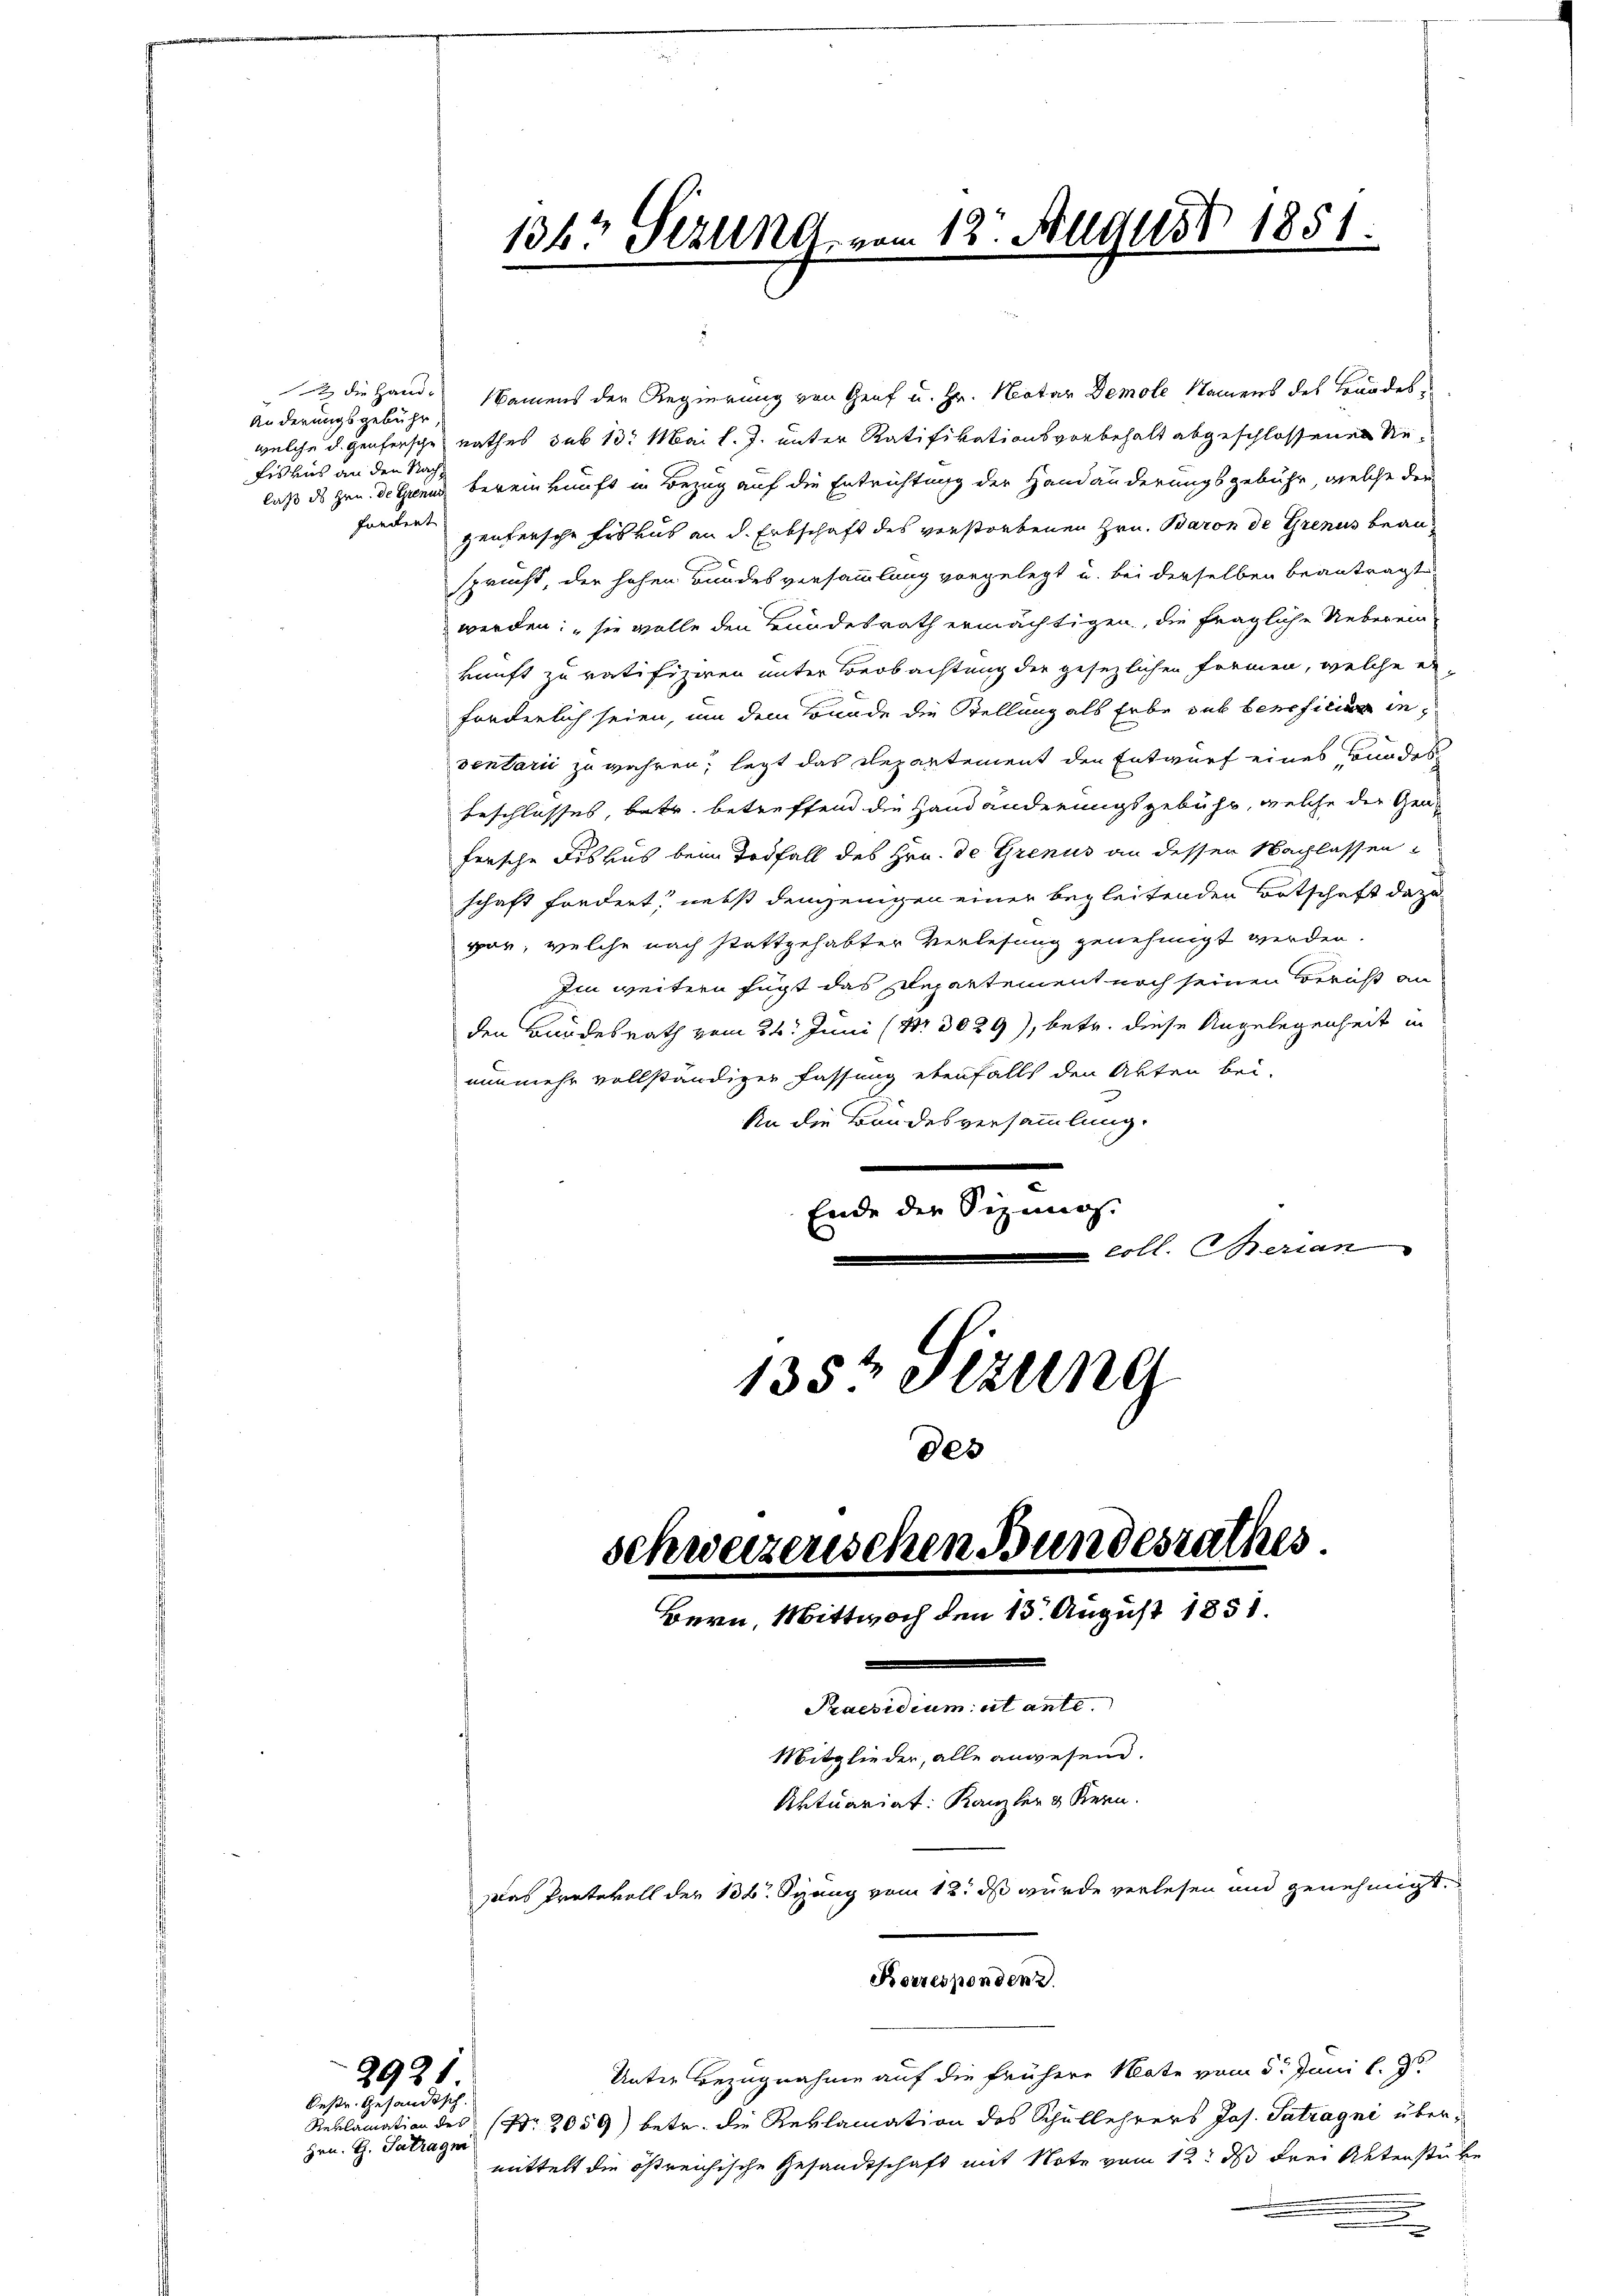
Änderungsgebühr
welche d. Genfersche
Fiskus an den Nach
laß des Hrn. de Grena
fordent

Oestr. Gesandtsch.
Hrn. G. Satrage

2921

1363 Sezung vom 12. August 1851.

2 die Hand- Namens der Regierung von Graf u. Hr. Notar Demole Namens des Bundes-
rathes sub 13. Mai l. J. unter Ratifikationsvorbehalt abgeschlossenen Niebereinkunft in Bezug auf die Entrichtung der Handänderungsgebühr, welche der
zenfersche Fiskus an d. Erbschaft des verstorbenen Hrn. Baron de Grenus beansprucht, der hohen Bundesversammlung vorgelegt u. bei derselben beantragt,
werden: „sie wolle den Bundesrath ermächtigen, die fragliche Ueberein-
kunft zu ratifiziren unter Beobachtung der gesezlichen Formen, welche er
forderlich seien, um dem Bonade die Stellung als Erbe sub beneficium inventarii zu wahren, legt das Departement den Entwurf eines Bundes
beschlosses, betr. betreffend die Handänderungsgebühr, welche der Gen-
fersche Fiskus beim Todfall des Hrn. De Grenus an dessen Nachlassen
schaft fordert, nebst demjenigen einer begleitenden Botschaft dazu
var, welche nach stattgehabter Verlesung genehmigt werden.
Im weitern fügt das Departement noch seinen Bericht an
den Bundesrath vom 24. Juni (Nr. 3029), betr. diese Angelegenheit in
nunmehr vollständiger Fassung ebenfalls den Akten bei-
An die Bundesversammlung.
Ende der Sizinis
coll. Merian
135t Setzung
des

schweizerischen Bundesrathes.
Bern, Mittwoch den 13. August 1851.
Praesidium et ante.
Mitglieder, alle anwesend.
Aktuariat: Kanzler & Kern.
Das Protokoll der 138. Spang vom 12. ds wurde verlesen und genehmigt.
Korresponden z

Unter Bezugnahme auf die frühere Note vom 5t Juni l. J.
Reklamation des Nr. 2059) betr. die Reklamation des Schullehrers Jos. Patragni übermittelt die östreichische Gesandtschaft mit Note vom 12. ds drei Aktenstücke
.